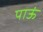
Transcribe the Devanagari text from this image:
पाऊं